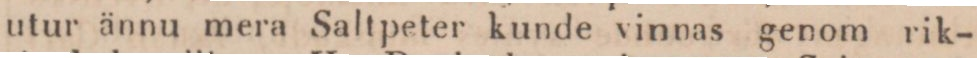
utur ännu mera Saltpeter kunde vinnas genom rik-